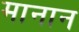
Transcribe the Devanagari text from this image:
मानान